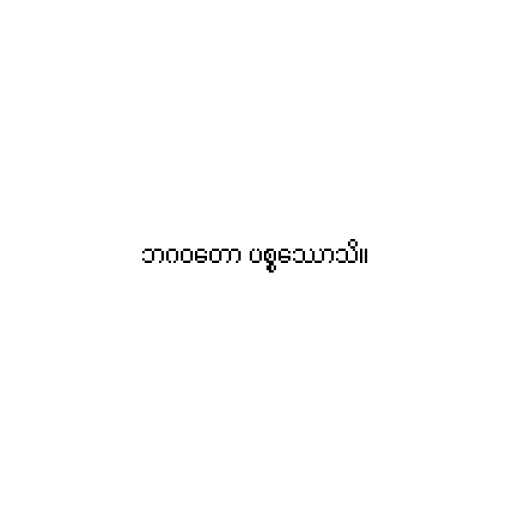
ဘဂဝတော ပစ္စဿောသိ။